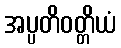
အပ္ပတိဝတ္တိယံ